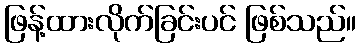
ဖြန့်ထားလိုက်ခြင်းပင် ဖြစ်သည်။